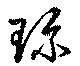
珎